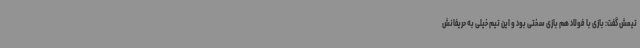
تیمش گفت: بازی با فولاد هم بازی سختی بود و این تیم خیلی به حریفانش